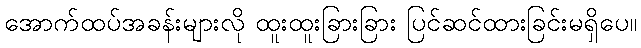
အောက်ထပ်အခန်းများလို ထူးထူးခြားခြား ပြင်ဆင်ထားခြင်းမရှိပေ။